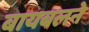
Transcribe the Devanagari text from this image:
बायबलने